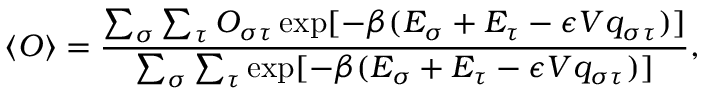
\langle O \rangle = \frac { \sum _ { \sigma } \sum _ { \tau } O _ { \sigma \tau } \exp [ - \beta ( E _ { \sigma } + E _ { \tau } - \epsilon V q _ { \sigma \tau } ) ] } { \sum _ { \sigma } \sum _ { \tau } \exp [ - \beta ( E _ { \sigma } + E _ { \tau } - \epsilon V q _ { \sigma \tau } ) ] } ,